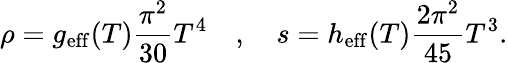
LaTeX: \rho=g_{\mathrm{{eff}}}(T)\frac{\pi^{2}}{30}T^{4}\quad,\quad s=h_{\mathrm{eff}}(T)\frac{2\pi^{2}}{45}T^{3}.